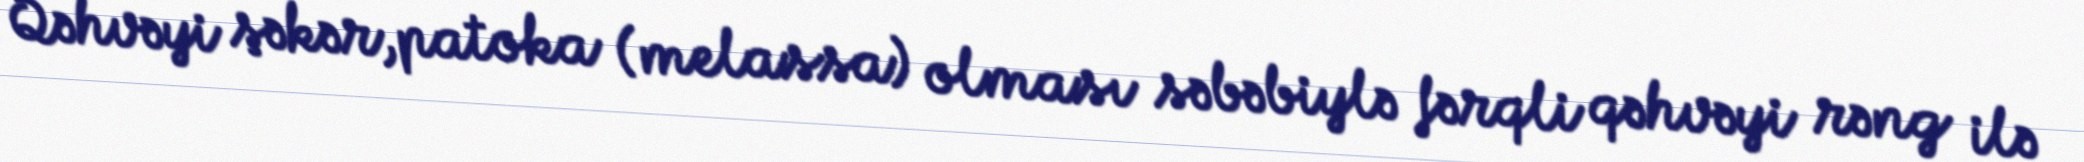
Qəhvəyi şəkər,patoka (melassa) olması səbəbiylə fərqli qəhvəyi rəng ilə